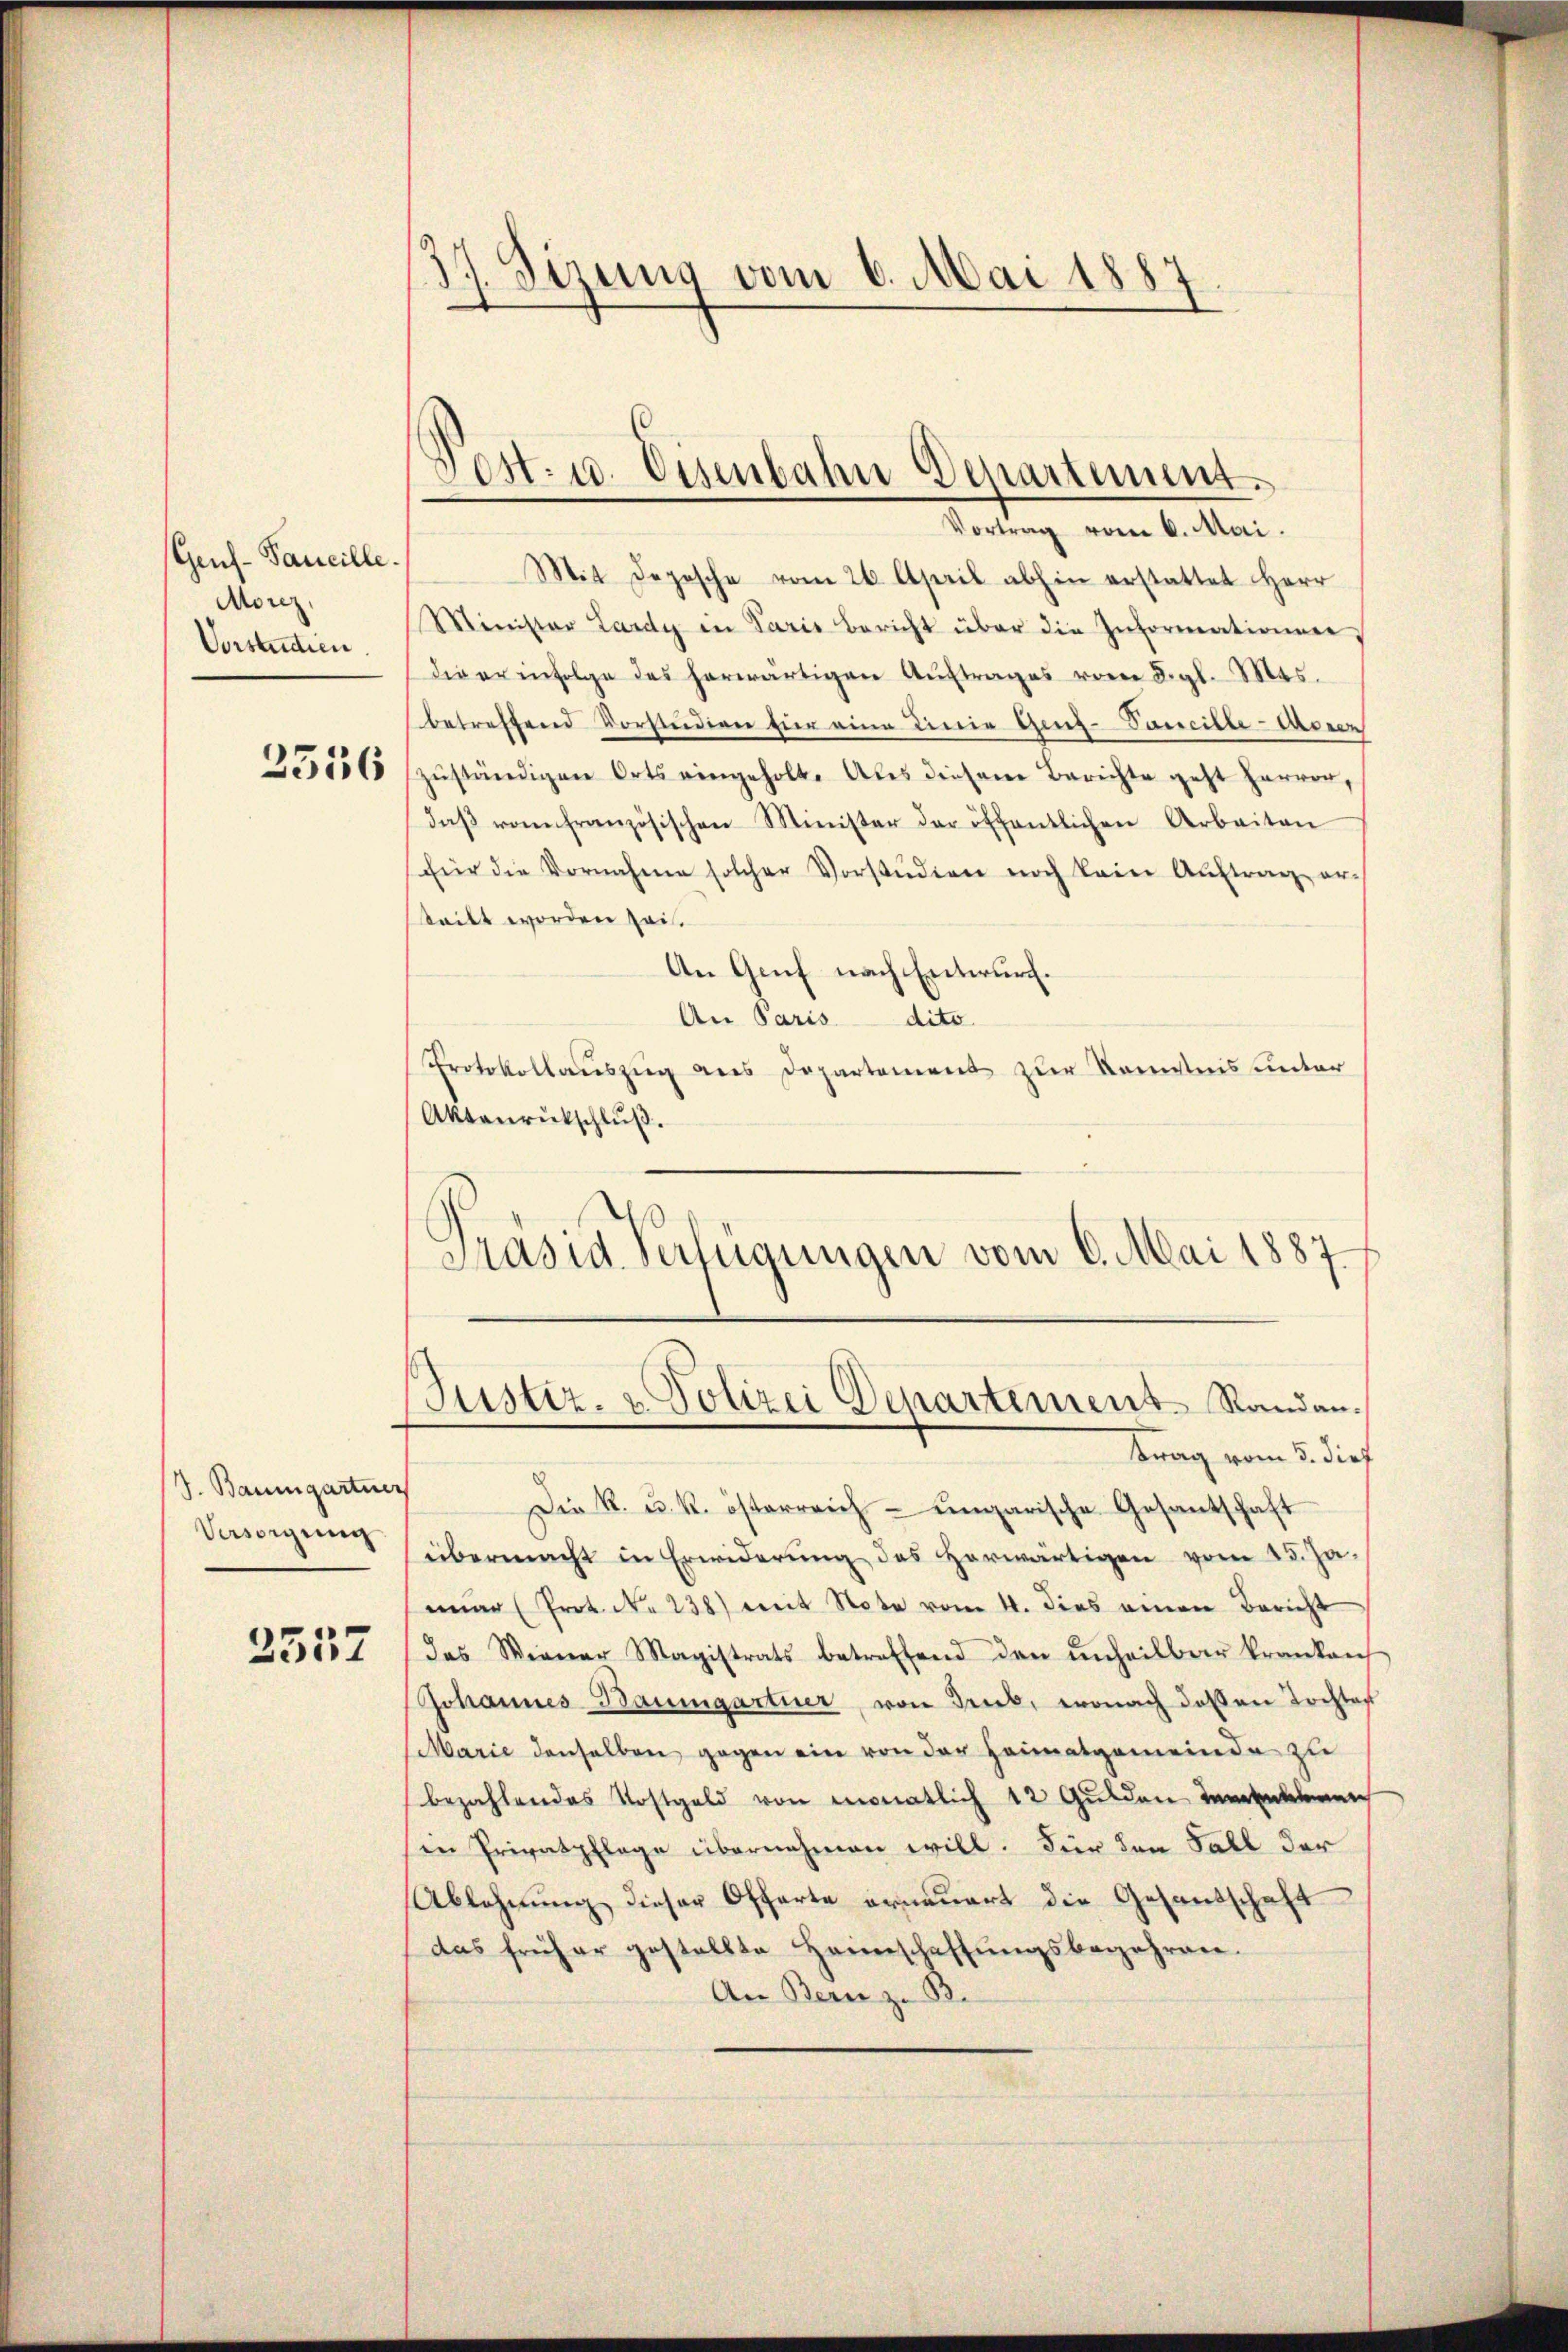
Gens-Taucille.
Morez,
Vorstudien

2556

S. Baumgartner
Versorgung

2557

1
 Sirung vom 6. Mai 1887

Sost. 10. Eisenbahn Departement.
Vortrag vom 6. Mai.

Mit Depesche vom 26. April abhin erstattet Herr
Minister Lardy in Paris Bericht über die Informationner,
die er infolge des herwärtigen Aŭftrages vom 8. gl. Mts.
betreffend Vorstudien hier eine Linie Genz-Vaccille-Aronen
zŭständigen Orts eingeholt. Aber diesem Berichte geht Herren,
daβ vom französischen Minister der öffentlichen Arbeiten
für die Vornahme solcher Vorstŭdien noch kein Aŭftrag er-
teilt worden sei.
An Genf nach Entwurf.
An Paris dito
Protokollauszug aus Departement zur Kenntnis unter
Aktanrückschlŭβ.
Präsid. Verfügungen vom 6. Mai 1887

Justiz- & Polizei Departement Randan¬

Krag vom 5. dief
Die R. u. k. österreich- ungarische Gesantschaft
übermacht in Erwiderung des Horwärtigen vom 15. Ja-
mar (Prot. N. 238) mit Note vom 4. dies einem Bericht
das Wiener Magistrats betreffend den unheilbar krankauf
Johannes Baumgartner, von Trieb, wonach deßen Tochtes
Marie denselben gegen ein von der Heimatgemeinde zu
bezahlendes Kostgeld von monatlich 12 Gulden dement
in Privatpflage übernehmen will. Für den Fall der
Ablehnung dieser Offerte erneuert die Gesandschaft
das früher gestellte Heimschaffŭngsbegehren.
An Bern z. B.